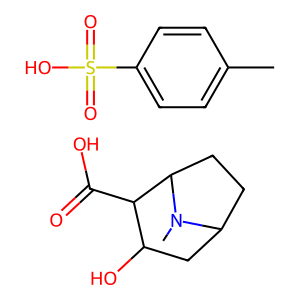
SMILES: CN1C2CCC1C(C(=O)O)C(O)C2.Cc1ccc(S(=O)(=O)O)cc1
Inhibits HIV replication: No